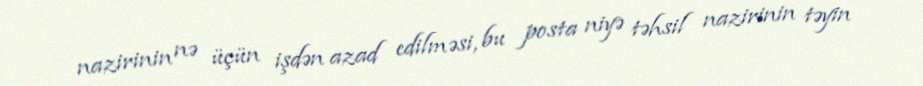
nazirinin nə üçün işdən azad edilməsi, bu posta niyə təhsil nazirinin təyin